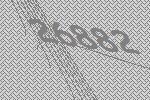
26882